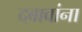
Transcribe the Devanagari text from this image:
दबावांना